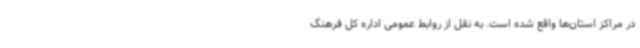
در مراکز استان‌ها واقع شده‌ است. به نقل از روابط عمومی اداره کل فرهنگ